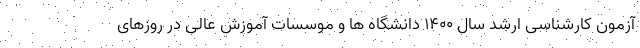
آزمون کارشناسی ارشد سال ۱۴۰۰ دانشگاه ها و موسسات آموزش عالی در روزهای